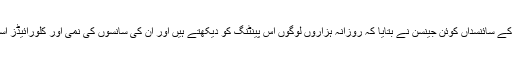
یونیورسٹی آف آنٹ ورپ کے سائنسداں کوئن جینسن نے بتایا کہ روزانہ ہزاروں لوگوں اس پینٹنگ کو دیکھتے ہیں اور ان کی سانسوں کی نمی اور کلورائیڈز اسکریم کو تباہ کررہے ہیں۔